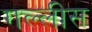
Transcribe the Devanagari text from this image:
गल्लीस